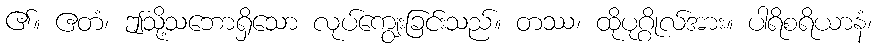
၏။ ဧတံ၊ ဤသို့သဘောရှိသော လုပ်ကျွေးခြင်းသည်။ တဿ၊ ထိုပုဂ္ဂိုလ်အား။ ပါရိစရိယာနံ၊